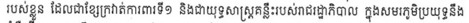
របស់ខ្លួន ដែលជាខ្សែក្រវ៉ាត់ការពារទី១ និងជាយុទ្ធសាស្រ្តគន្លឺះរបស់រាជរដ្ឋាភិបាល ក្នុងសមរភូមិប្រយុទ្ធនឹង